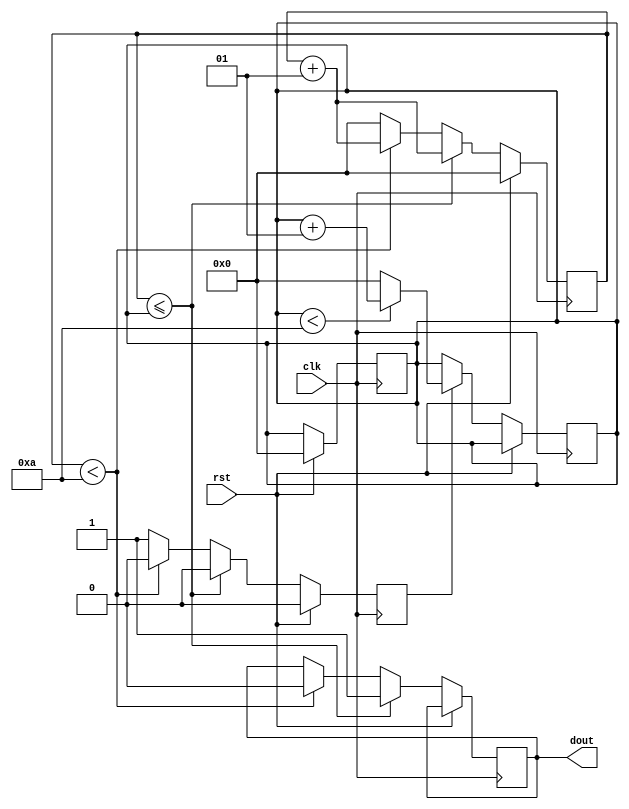
`timescale 1ns / 1ps

module PWM(
    input clk, rst, 
    output reg dout
    );
 
parameter period = 10;
integer count;
integer ton;
reg ncyc;
 
always@(posedge clk)
begin
     if(rst == 1'b1)
        begin
         count <= 0;
         ton   <= 0;
         ncyc  <= 1'b0;
        end   
     else 
       begin
            if(count <= ton) 
              begin
                  count <= count + 1;
                  dout  <= 1'b1;
                  ncyc  <= 1'b0;
              end
            else if (count < period)
              begin
                  count <= count + 1;
                  dout <= 1'b0;
                  ncyc <= 1'b0;
              end
            else
               begin
                   ncyc  <= 1'b1;
                   count <= 0;
               end
       end
end
 
always@(posedge clk)
begin
     if(rst == 1'b0) 
     begin 
         if(ncyc == 1'b1)
            begin
                if(ton < period)
                   ton <= ton + 1;
                else
                   ton <= 0;
            end
     end   
end

endmodule